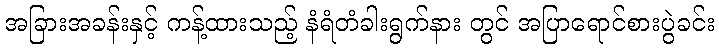
အခြားအခန်းနှင့် ကန့်ထားသည့် နံရံတံခါးရွက်နား တွင် အပြာရောင်စားပွဲခင်း